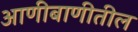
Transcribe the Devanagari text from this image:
आणीबाणीतील